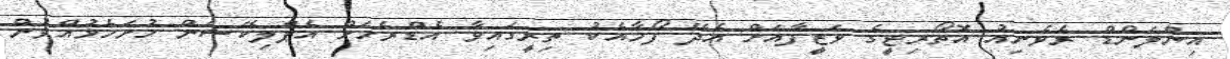
އިންލަންޑް ރެވެނިއު އޮތޯރިޓީގެ ވަޒީފާއަށް އެދޭ ފޯމާއެކު ތިރީގައިވާ އެޑްރެހަށް އެޕްލިކޭޝަން ހުށަހެޅުއްވުން